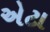
એટા